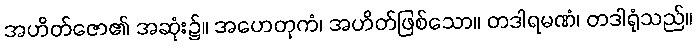
အဟိတ်ဇော၏ အဆုံး၌။ အဟေတုကံ၊ အဟိတ်ဖြစ်သော။ တဒါရမဏံ၊ တဒါရုံသည်။